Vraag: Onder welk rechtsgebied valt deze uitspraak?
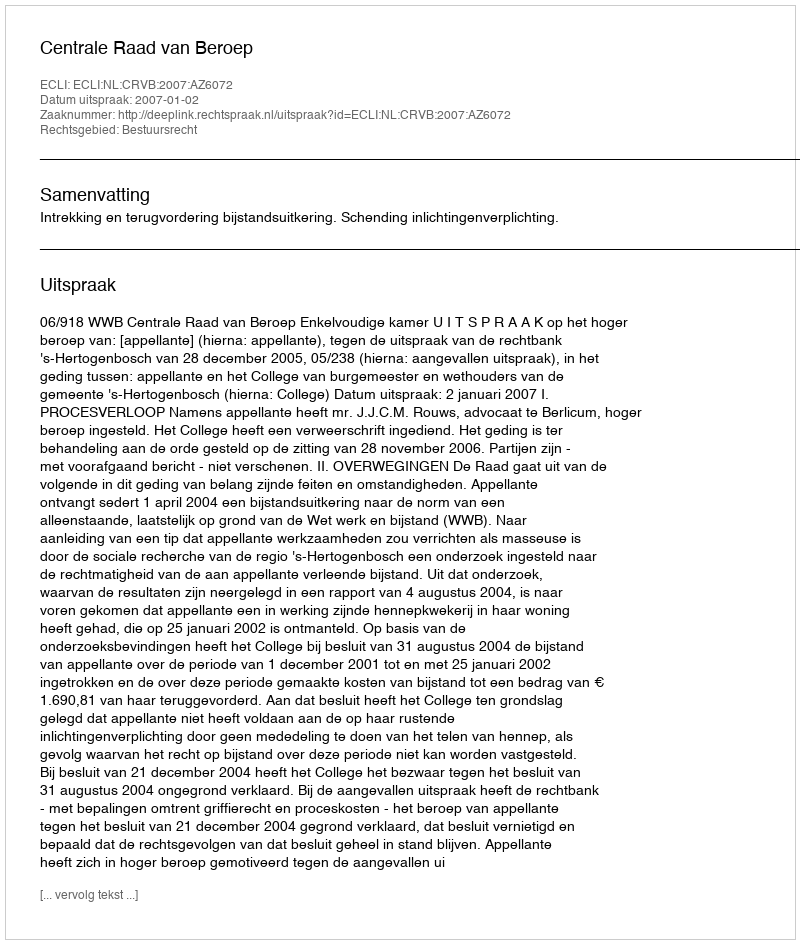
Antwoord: Bestuursrecht